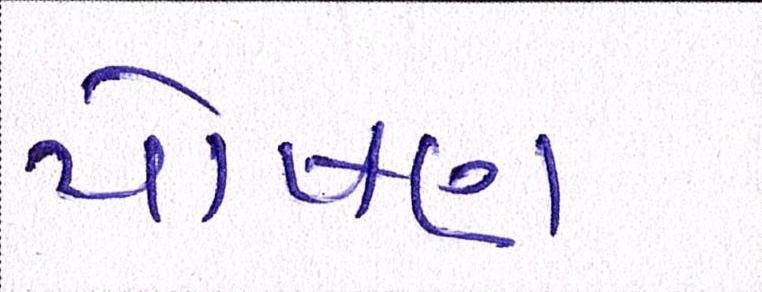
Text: પોષણ